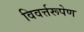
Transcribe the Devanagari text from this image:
विवर्त्तरूपेण